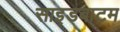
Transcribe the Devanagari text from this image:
साइडबाटम